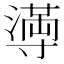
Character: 𫴴